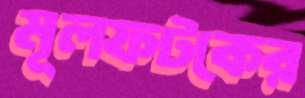
মূলফটকের